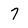
Character: 7